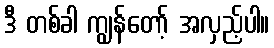
ဒီ တစ်ခါ ကျွန်တော့် အလှည့်ပါ။